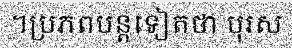
។ប្រភពបន្តទៀតថា បុរស